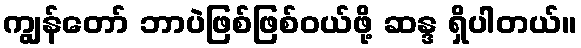
ကျွန်တော် ဘာပဲဖြစ်ဖြစ်ဝယ်ဖို့ ဆန္ဒ ရှိပါတယ်။